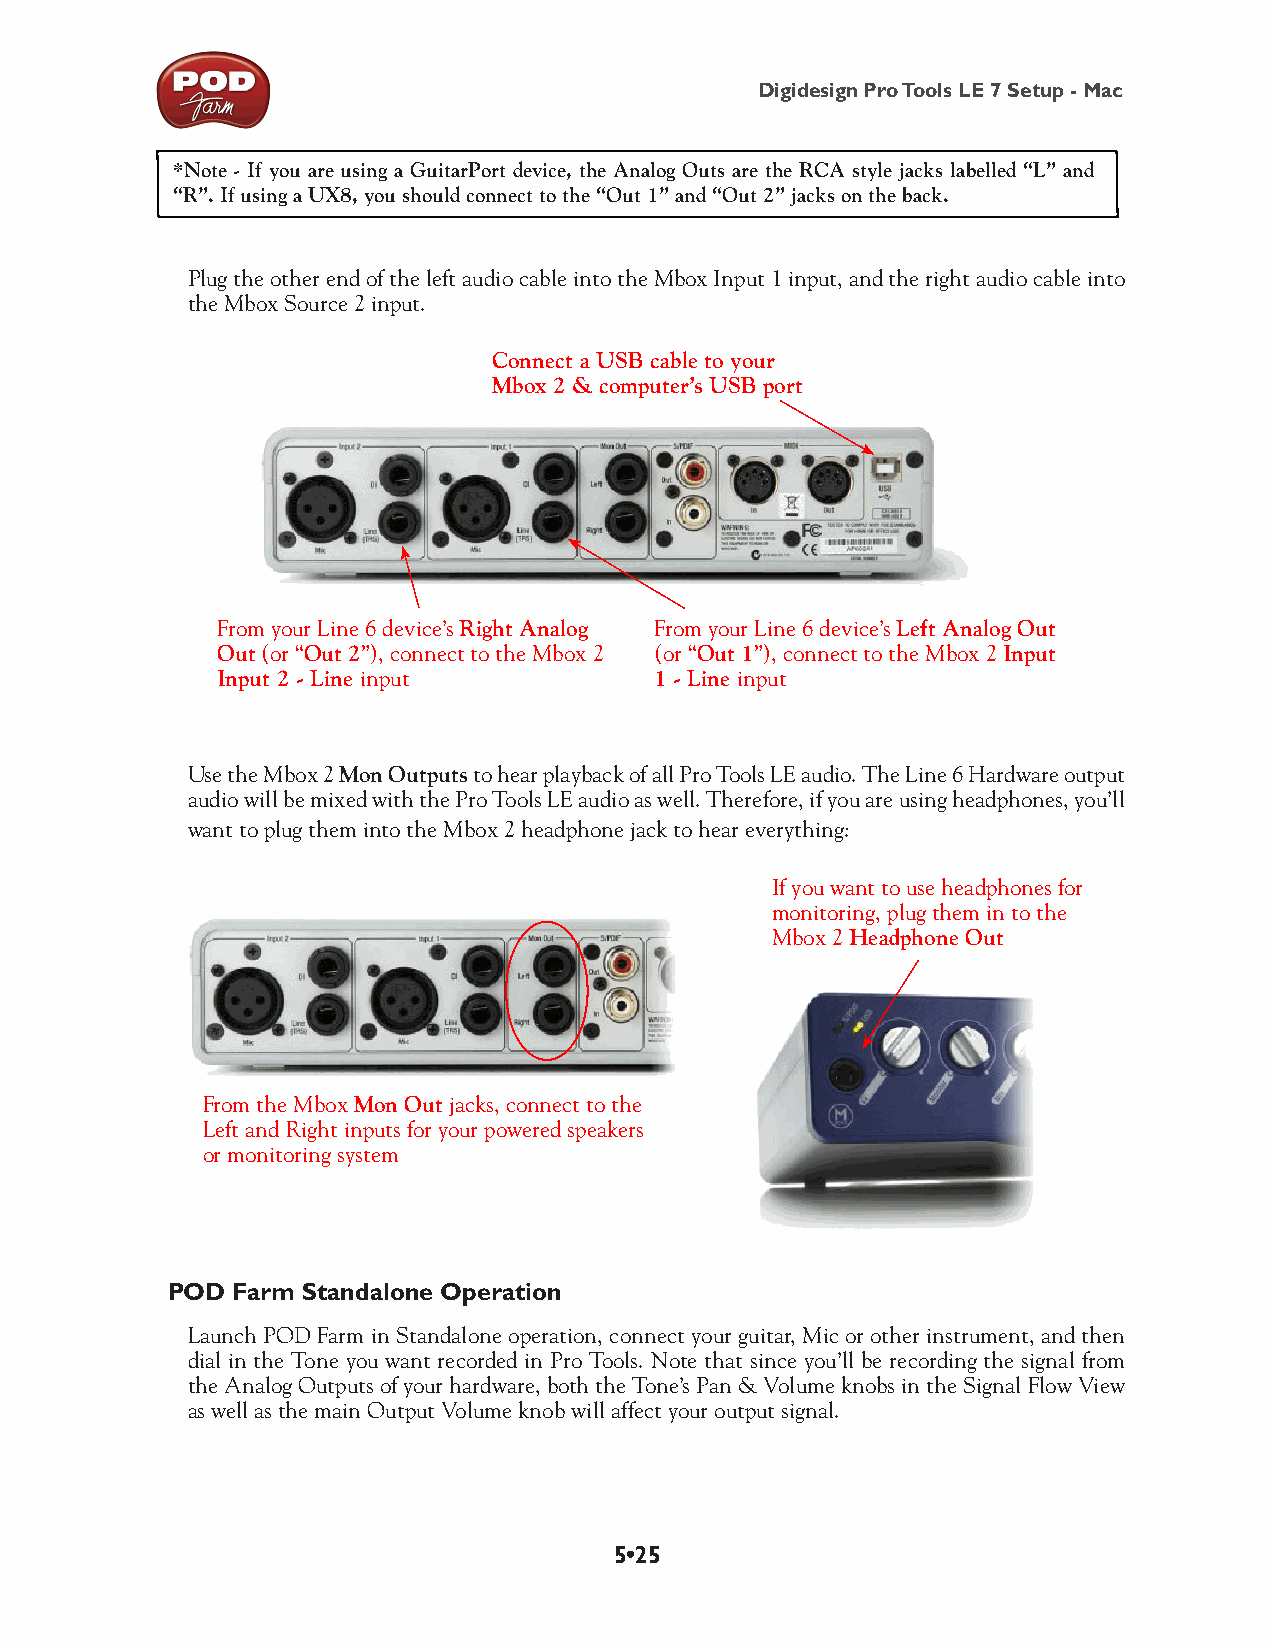
Digidesign Pro Tools LE 7 Setup - Mac
 *Note - If you are using a GuitarPort device, the Analog Outs are the RCA style jacks labelled “L” and
 “R”. If using a UX8, you should connect to the “Out 1” and “Out 2” jacks on the back.
 Plug the other end of the left audio cable into the Mbox Input 1 input, and the right audio cable into
 the Mbox Source 2 input.
 Connect a USB cable to your
 Mbox 2 & computer’s USB port
 From your Line 6 device’s Right Analog From your Line 6 device’s Left Analog Out
 Out (or “Out 2”), connect to the Mbox 2 (or “Out 1”), connect to the Mbox 2 Input
 Input 2 - Line input         1 - Line input
 Use the Mbox 2 Mon Outputs to hear playback of all Pro Tools LE audio. The Line 6 Hardware output
 audio will be mixed with the Pro Tools LE audio as well. Therefore, if you are using headphones, you’ll
 want to plug them into the Mbox 2 headphone jack to hear everything:
 If you want to use headphones for
 monitoring, plug them in to the
 Mbox 2 Headphone Out
 From the Mbox Mon Out jacks, connect to the
 Left and Right inputs for your powered speakers
 or monitoring system
 POD Farm Standalone Operation
 Launch POD Farm in Standalone operation, connect your guitar, Mic or other instrument, and then
 dial in the Tone you want recorded in Pro Tools. Note that since you’ll be recording the signal from
 the Analog Outputs of your hardware, both the Tone’s Pan & Volume knobs in the Signal Flow View
 as well as the main Output Volume knob will affect your output signal.
 5•25